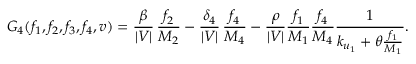
G _ { 4 } ( f _ { 1 } , f _ { 2 } , f _ { 3 } , f _ { 4 } , v ) = \frac { \beta } { | V | } \, \frac { f _ { 2 } } { M _ { 2 } } - \frac { \delta _ { 4 } } { | V | } \, \frac { f _ { 4 } } { M _ { 4 } } - \frac { \rho } { | V | } \frac { f _ { 1 } } { M _ { 1 } } \frac { f _ { 4 } } { M _ { 4 } } \frac { 1 } { k _ { u _ { 1 } } + \theta \frac { f _ { 1 } } { M _ { 1 } } } .